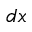
d x